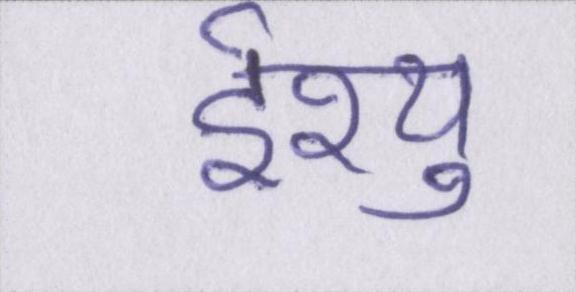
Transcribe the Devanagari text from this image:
ईश्यु